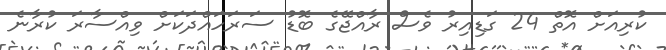
ކުރިއަށް އޮތް 24 ގަޑިއިރު ވެސް ރާއްޖޭގެ ބޮޑު ސަރަހައްދަކަށް ވިއްސާރަ ކުރާނެ